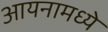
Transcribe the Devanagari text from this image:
आयनामध्ये